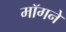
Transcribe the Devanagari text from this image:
मॉगने